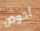
أخوض